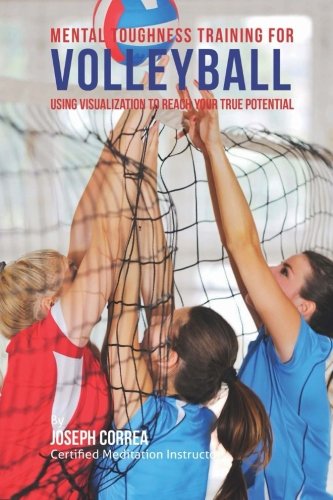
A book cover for Mental Toughness Training for Volleyball: Using Visualization to Reach Your True Potential; Joseph Correa (Certified Meditation Instructor); Sports & Outdoors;